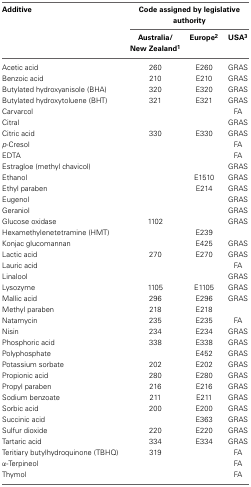
<table><thead><tr><td><b>Additive</b></td><td colspan="3"><b>Code assigned by legislative authority</b></td></tr><tr><td></td><td><b>Australia/New Zealand<sup>1</sup></b></td><td><b>Europe<sup>2</sup></b></td><td><b>USA<sup>3</sup></b></td></tr></thead><tbody><tr><td>Acetic acid</td><td>260</td><td>E260</td><td>GRAS</td></tr><tr><td>Benzoic acid</td><td>210</td><td>E210</td><td>GRAS</td></tr><tr><td>Butylated hydroxyanisole (BHA)</td><td>320</td><td>E320</td><td>GRAS</td></tr><tr><td>Butylated hydroxytoluene (BHT)</td><td>321</td><td>E321</td><td>GRAS</td></tr><tr><td>Carvarcol</td><td></td><td></td><td>FA</td></tr><tr><td>Citral</td><td></td><td></td><td>GRAS</td></tr><tr><td>Citric acid</td><td>330</td><td>E330</td><td>GRAS</td></tr><tr><td><i>p</i>-Cresol</td><td></td><td></td><td>FA</td></tr><tr><td>EDTA</td><td></td><td></td><td>FA</td></tr><tr><td>Estragloe (methyl chavicol)</td><td></td><td></td><td>GRAS</td></tr><tr><td>Ethanol</td><td></td><td>E1510</td><td>GRAS</td></tr><tr><td>Ethyl paraben</td><td></td><td>E214</td><td>GRAS</td></tr><tr><td>Eugenol</td><td></td><td></td><td>GRAS</td></tr><tr><td>Geraniol</td><td></td><td></td><td>GRAS</td></tr><tr><td>Glucose oxidase</td><td>1102</td><td></td><td>GRAS</td></tr><tr><td>Hexamethylenetetramine (HMT)</td><td></td><td>E239</td><td></td></tr><tr><td>Konjac glucomannan</td><td></td><td>E425</td><td>GRAS</td></tr><tr><td>Lactic acid</td><td>270</td><td>E270</td><td>GRAS</td></tr><tr><td>Lauric acid</td><td></td><td></td><td>FA</td></tr><tr><td>Linalool</td><td></td><td></td><td>GRAS</td></tr><tr><td>Lysozyme</td><td>1105</td><td>E1105</td><td>GRAS</td></tr><tr><td>Mallic acid</td><td>296</td><td>E296</td><td>GRAS</td></tr><tr><td>Methyl paraben</td><td>218</td><td>E218</td><td></td></tr><tr><td>Natamycin</td><td>235</td><td>E235</td><td>FA</td></tr><tr><td>Nisin</td><td>234</td><td>E234</td><td>GRAS</td></tr><tr><td>Phosphoric acid</td><td>338</td><td>E338</td><td>GRAS</td></tr><tr><td>Polyphosphate</td><td></td><td>E452</td><td>GRAS</td></tr><tr><td>Potassium sorbate</td><td>202</td><td>E202</td><td>GRAS</td></tr><tr><td>Propionic acid</td><td>280</td><td>E280</td><td>GRAS</td></tr><tr><td>Propyl paraben</td><td>216</td><td>E216</td><td>GRAS</td></tr><tr><td>Sodium benzoate</td><td>211</td><td>E211</td><td>GRAS</td></tr><tr><td>Sorbic acid</td><td>200</td><td>E200</td><td>GRAS</td></tr><tr><td>Succinic acid</td><td></td><td>E363</td><td>GRAS</td></tr><tr><td>Sulfur dioxide</td><td>220</td><td>E220</td><td>GRAS</td></tr><tr><td>Tartaric acid</td><td>334</td><td>E334</td><td>GRAS</td></tr><tr><td>Teritiary butylhydroquinone (TBHQ)</td><td>319</td><td></td><td>FA</td></tr><tr><td>α-Terpineol</td><td></td><td></td><td>FA</td></tr><tr><td>Thymol</td><td></td><td></td><td>FA</td></tr></tbody></table>